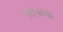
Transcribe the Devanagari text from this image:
१८५४चा